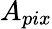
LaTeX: A_{pix}